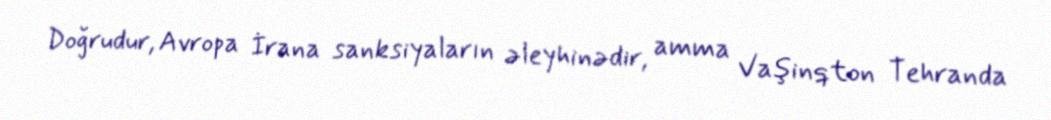
Doğrudur, Avropa İrana sanksiyaların əleyhinədir, amma Vaşinqton Tehranda